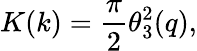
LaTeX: K(k)={\frac{\pi}{2}}\theta_{3}^{2}(q),